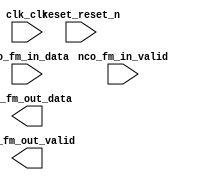

module NCO_FM (
	clk_clk,
	nco_fm_in_valid,
	nco_fm_in_data,
	nco_fm_out_data,
	nco_fm_out_valid,
	reset_reset_n);	

	input		clk_clk;
	input		nco_fm_in_valid;
	input	[30:0]	nco_fm_in_data;
	output	[13:0]	nco_fm_out_data;
	output		nco_fm_out_valid;
	input		reset_reset_n;
endmodule